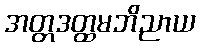
အတ္တဒတ္ထမဘိညာယ